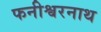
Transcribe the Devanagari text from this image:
फनीश्वरनाथ